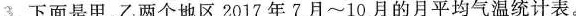
3. 下面是甲。乙两个地区2017年7月~10月的月平均气温统计表。